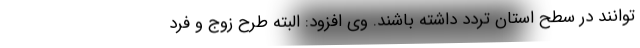
‌توانند در سطح استان تردد داشته باشند. وی افزود: البته طرح زوج و فرد